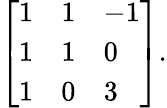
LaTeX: {\left[\begin{array}{lll}{1}&{1}&{-1}\\ {1}&{1}&{0}\\ {1}&{0}&{3}\end{array}\right]}.